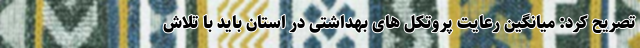
تصریح کرد: میانگین رعایت پروتکل های بهداشتی در استان باید با تلاش